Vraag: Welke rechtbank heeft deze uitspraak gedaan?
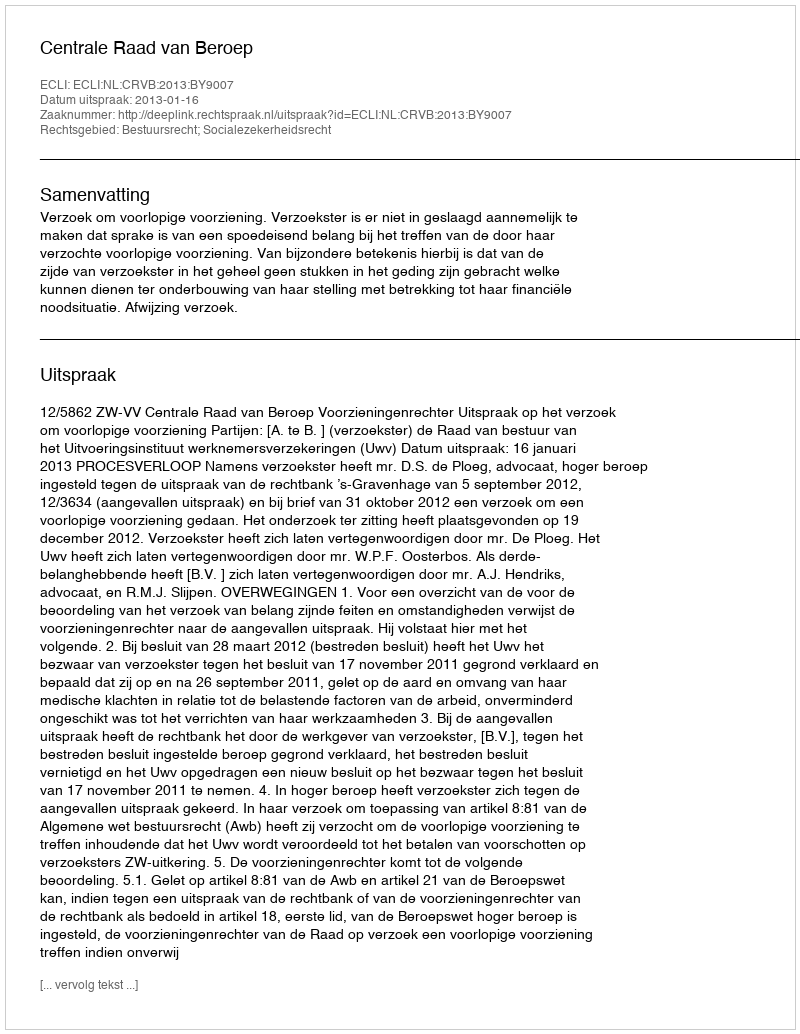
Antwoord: Centrale Raad van Beroep